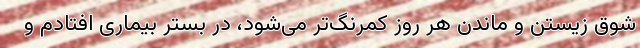
شوق زیستن و ماندن هر روز کمرنگ‌تر می‌شود، در بستر بیماری افتادم و